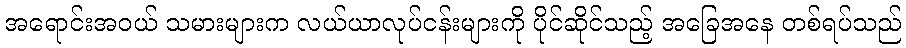
အရောင်းအဝယ် သမားများက လယ်ယာလုပ်ငန်းများကို ပိုင်ဆိုင်သည့် အခြေအနေ တစ်ရပ်သည်